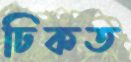
ঢিকত